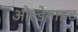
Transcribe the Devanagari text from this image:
ओल्डेमाइट